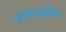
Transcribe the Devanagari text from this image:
लोकांचीच